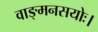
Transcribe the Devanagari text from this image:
वाङ्मनसयोः।